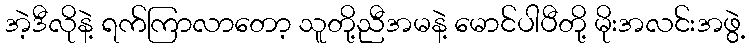
အဲ့ဒီလိုနဲ့ ရက်ကြာလာတော့ သူတို့ညီအမနဲ့ မောင်ပါပီတို့ မိုးအလင်းအဖွဲ့